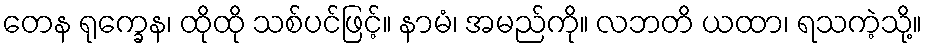
တေန ရုက္ခေန၊ ထိုထို သစ်ပင်ဖြင့်။ နာမံ၊ အမည်ကို။ လဘတိ ယထာ၊ ရသကဲ့သို့။